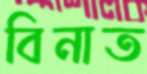
বিনাত